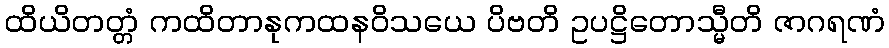
ထိယိတတ္တံ ကထိတာနုကထနဝိသယေ ပိဗတိ ဥပဋ္ဌိတောသ္မီတိ ဇာဂရဏံ